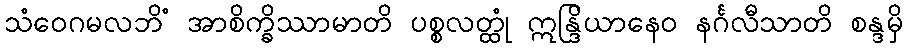
သံဝေဂမလဘိံ အာစိက္ခိဿာမာတိ ပစ္စလတ္ထုံ ဣန္ဒြိယာနေဝ နင်္ဂလီသာတိ စန္ဒမှိ